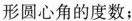
形圆心角的度数；